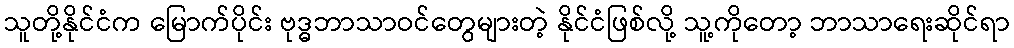
သူတို့နိုင်ငံက မြောက်ပိုင်း ဗုဒ္ဓဘာသာဝင်တွေများတဲ့ နိုင်ငံဖြစ်လို့ သူ့ကိုတော့ ဘာသာရေးဆိုင်ရာ